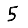
Digit: 5